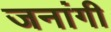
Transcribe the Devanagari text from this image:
जनांगी